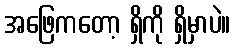
အဖြေကတော့ ရှိကို ရှိမှာပဲ။